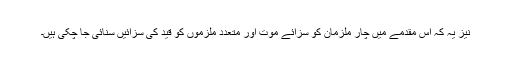
نیز یہ کہ اس مقدمے میں چار ملزمان کو سزائے موت اور متعدد ملزموں کو قید کی سزائیں سنائی جا چکی ہیں۔